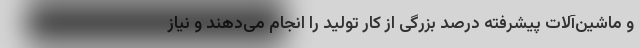
و ماشین‌آلات پیشرفته‌ درصد بزرگی از کار تولید را انجام می‌دهند و نیاز